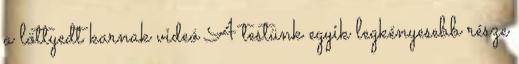
a löttyedt karnak videó A testünk egyik legkényesebb része